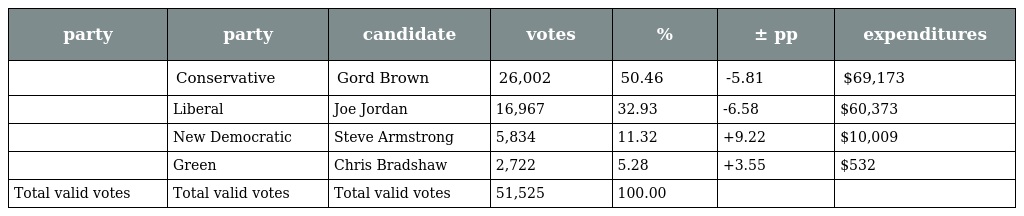
| party | party | candidate | votes | % | ± pp | expenditures |
 | --- | --- | --- | --- | --- | --- | --- |
 |  | Conservative | Gord Brown | 26,002 | 50.46 | -5.81 | $69,173 |
 |  | Liberal | Joe Jordan | 16,967 | 32.93 | -6.58 | $60,373 |
 |  | New Democratic | Steve Armstrong | 5,834 | 11.32 | +9.22 | $10,009 |
 |  | Green | Chris Bradshaw | 2,722 | 5.28 | +3.55 | $532 |
 | Total valid votes | Total valid votes | Total valid votes | 51,525 | 100.00 |  |  |